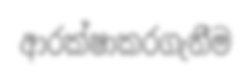
ආරක්ෂාකරගැනීම